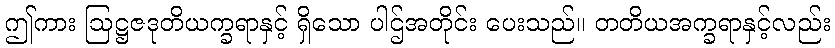
ဤကား ဩဋ္ဌဇဒုတိယက္ခရာနှင့် ရှိသော ပါဌ်အတိုင်း ပေးသည်။ တတိယအက္ခရာနှင့်လည်း